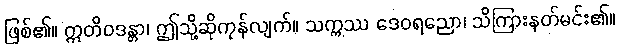
ဖြစ်၏။ ဣတိဝဒန္တာ၊ ဤသို့ဆိုကုန်လျက်။ သက္ကဿ ဒေဝရညော၊ သိကြားနတ်မင်း၏။